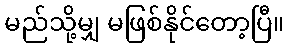
မည်သို့မျှ မဖြစ်နိုင်တော့ပြီ။